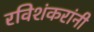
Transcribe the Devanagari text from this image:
रविशंकरांनी